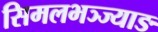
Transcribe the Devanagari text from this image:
सिमलभञ्ज्याङ